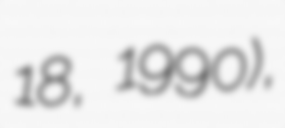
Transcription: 18, 1990),